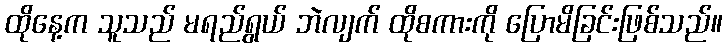
ထိုနေ့က သူသည် မရည်ရွယ် ဘဲလျက် ထိုစကားကို ပြောမိခြင်းဖြစ်သည်။